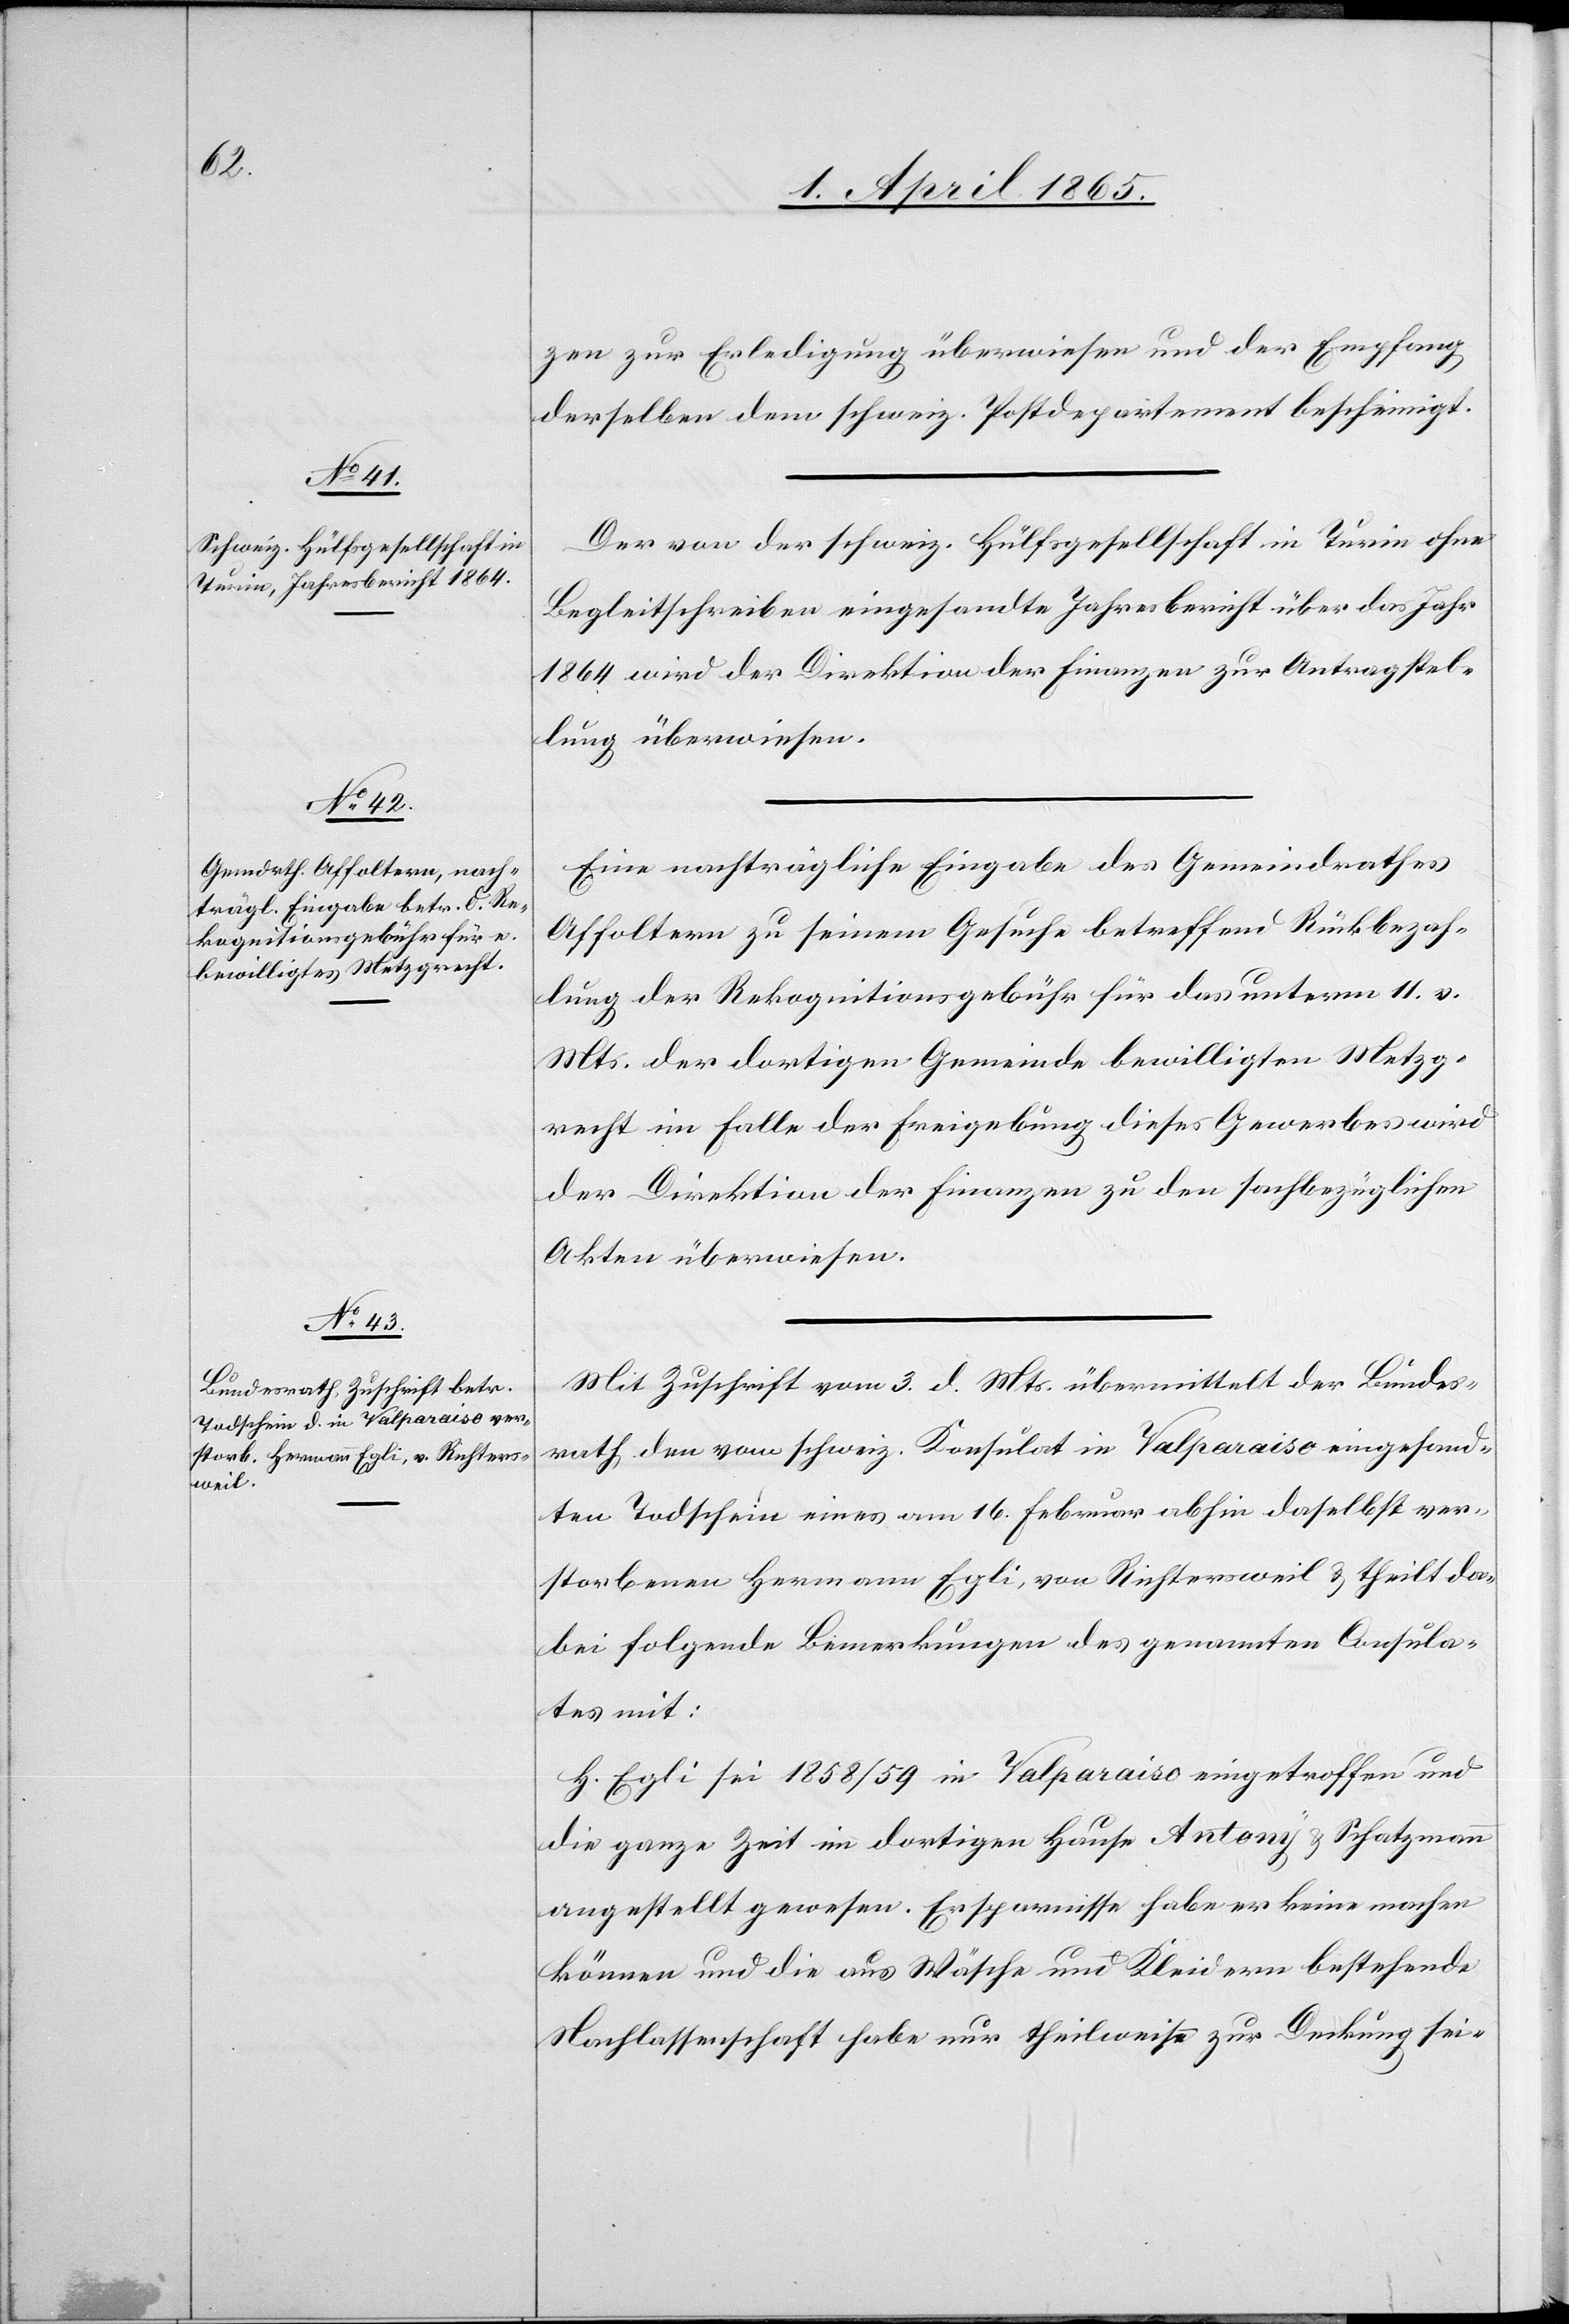
7. April 1865.]
zen zur Erledigung überwiesen und der Empfang
derselben dem schweiz. Postdepartement bescheinigt.
Der von der schweiz. Hülfsgesellschaft in Turin ohne
Begleitschreiben eingesandte Jahresbericht über das Jahr
1864 wird der Direktion der Finanzen zur Antragstel¬
lung überwiesen.
Eine nachträgliche Eingabe des Gemeindrathes
Affoltern zu seinem Gesuche betreffend Rückbezah¬
lung der Rekognitionsgebühr für das unterm 11. v.
Mts. der dortigen Gemeinde bewilligten Metzg¬
recht im Falle der Freigebung dieses Gewerbes wird
der Direktion der Finanzen zu den sachbezüglichen
Akten überwiesen.
Mit Zuschrift vom 3. d. Mts. übermittelt der Bundes¬
rath den vom schweiz. Konsulat in Valparaiso eingesand¬
ten Todschein eines am 16. Februar abhin daselbst ver¬
storbenen Hermann Egli, von Richtersweil & theilt da¬
bei folgende Bemerkungen des genannten Consula¬
tes mit:
H. Egli sei 1858/59 in Valparaiso eingetroffen und
die ganze Zeit im dortigen Hause Antony & Schatzmann
angestellt gewesen. Ersparnisse habe er keine machen
können und die aus Wäsche und Kleidern bestehende
Nachlassenschaft habe nur theilweise zur Deckung sei-